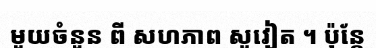
មួយចំនួន ពី សហភាព សូវៀត ។ ប៉ុន្តែ